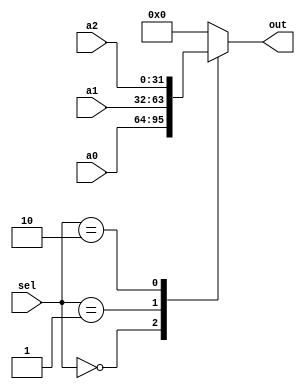
`timescale 1ps/1ps
module MUX3 #(parameter width = 32)(
  input [1:0]				sel,
  input [width-1:0]	 		a0, a1, a2,
  output reg [width-1:0] 	out
);

always @(*)
begin
  #10
  case(sel)
    2'b00: out = a0;
    2'b01: out = a1;
    2'b10: out = a2;
    default: out = 1'b0;
  endcase
end

endmodule